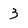
Character: 3